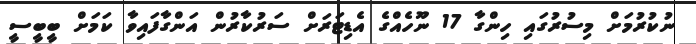
ނުކުރުމަށް މިސުރުގައި ހިންގާ 17 ނޫހެއްގެ އެޑިޓަރަށް ސަރުކާރުން އަންގާފައިވާ ކަމަށް ބީބީސީ